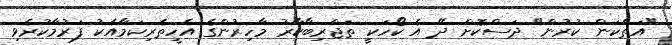
"އަތްކަން ކުރުން" ދަސްކޮށް ދޭ އެ ކޯހަކީ ތަޖްރިބާކާރު މާހިރުންގެ އެހީތެރިކަމާއެކު ފަރުމާކުރެވި